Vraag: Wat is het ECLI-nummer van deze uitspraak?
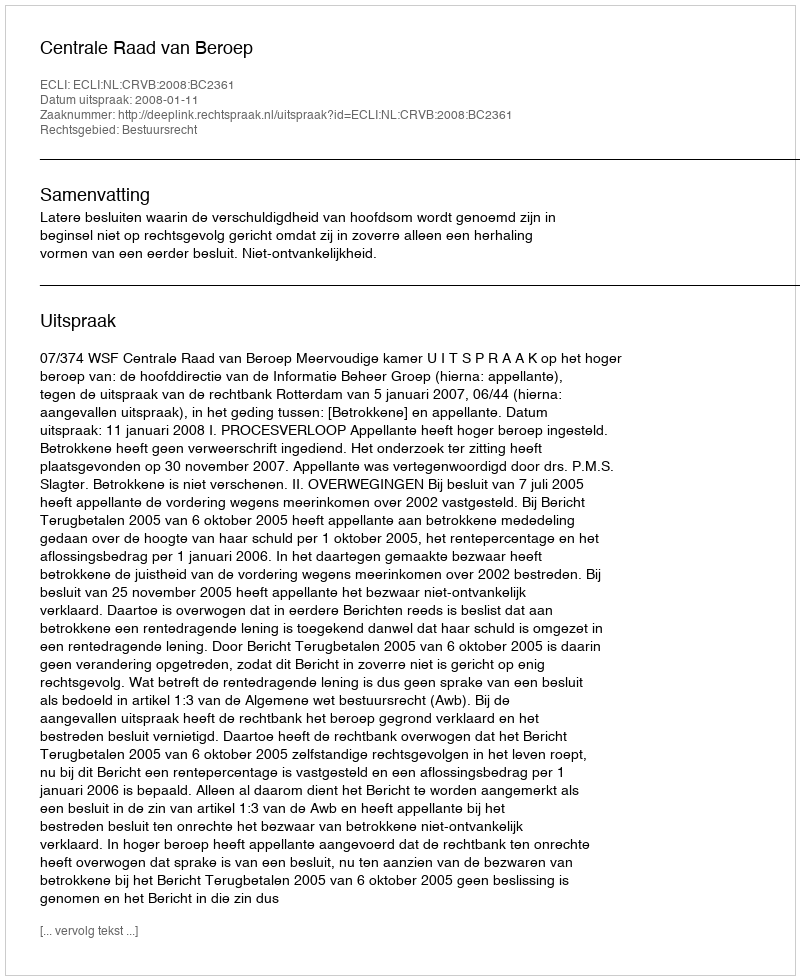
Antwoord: ECLI:NL:CRVB:2008:BC2361